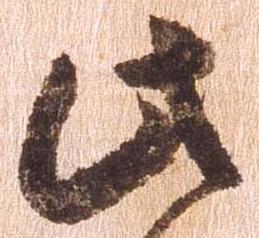
此